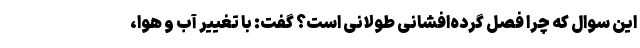
این سوال که چرا فصل گرده‌افشانی طولانی است؟ گفت: با تغییر آب و هوا،